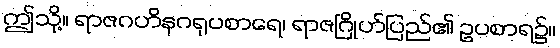
ဤသို့။ ရာဇဂဟိနဂရုပစာရေ၊ ရာဇဂြိုဟ်ပြည်၏ ဥပစာရ၌။